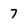
Character: 7